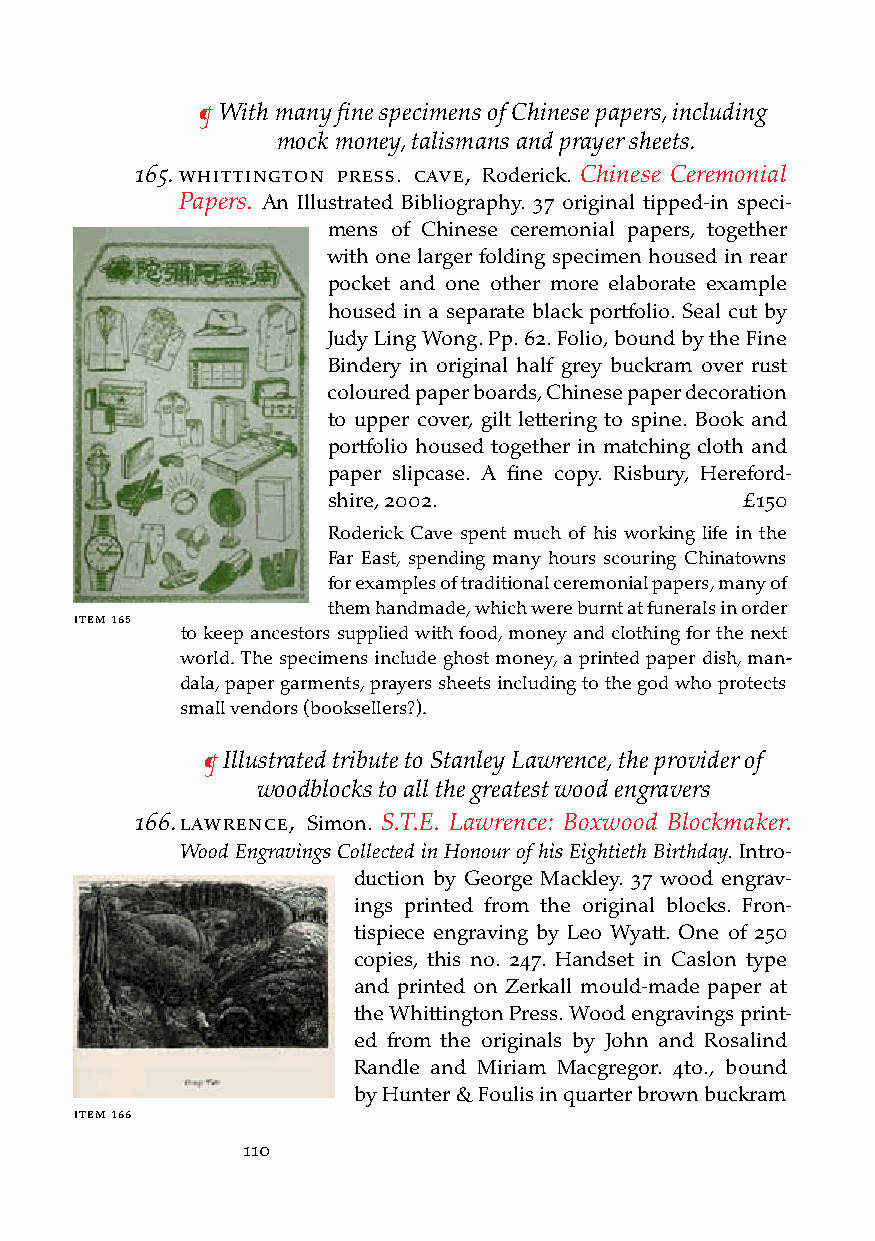
¶ With many fine specimens of Chinese papers, including
 mock money, talismans and prayer sheets.
 165. WHittington Press. cave, Roderick. Chinese Ceremonial
 Papers. An Illustrated Bibliography. 37 original tipped-in speci-
 mens of Chinese ceremonial papers, together
 with one larger folding specimen housed in rear
 pocket and one other more elaborate example
 housed in a separate black portfolio. Seal cut by
 Judy Ling Wong. Pp. 62. Folio, bound by the Fine
 Bindery in original half grey buckram over rust
 coloured paper boards, Chinese paper decoration
 to upper cover, gilt lettering to spine. Book and
 portfolio housed together in matching cloth and
 paper slipcase. A fine copy. Risbury, Hereford-
 shire, 2002.               £150
 Roderick Cave spent much of his working life in the
 Far East, spending many hours scouring Chinatowns
 for examples of traditional ceremonial papers, many of
 them handmade, which were burnt at funerals in order
 iteM 165
 to keep ancestors supplied with food, money and clothing for the next
 world. The specimens include ghost money, a printed paper dish, man-
 dala, paper garments, prayers sheets including to the god who protects
 small vendors (booksellers?).
 ¶ Illustrated tribute to Stanley Lawrence, the provider of
 woodblocks to all the greatest wood engravers
 166. laWrence, Simon. S.T.E. Lawrence: Boxwood Blockmaker.
 Wood Engravings Collected in Honour of his Eightieth Birthday. Intro-
 duction by George Mackley. 37 wood engrav-
 ings printed from the original blocks. Fron-
 tispiece engraving by Leo Wyatt. One of 250
 copies, this no. 247. Handset in Caslon type
 and printed on Zerkall mould-made paper at
 the Whittington Press. Wood engravings print-
 ed from the originals by John and Rosalind
 Randle and Miriam Macgregor. 4to., bound
 by Hunter & Foulis in quarter brown buckram
 iteM 166
 110